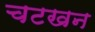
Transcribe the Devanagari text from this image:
चटखन